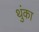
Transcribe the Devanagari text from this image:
थुंका